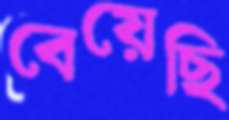
বেয়েছি